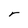
Character: r